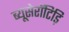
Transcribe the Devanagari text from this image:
ब्यूसेरॉटिड़ि